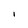
Character: l